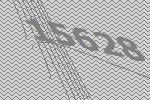
15628